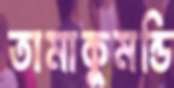
তামাকুমন্ডি